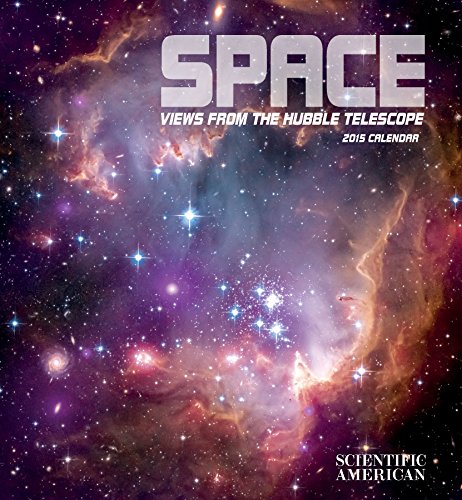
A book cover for Space 2015 Calendar: Views from the Hubble Telescope; Calendars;